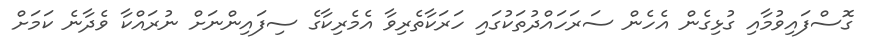
ގޮސްފައިވުމާއި ގުޅިގެން އެހެން ސަރަހައްދުތަކުގައި ހަރަކާތެރިވާ އެމެރިކާގެ ސިފައިންނަށް ނުރައްކާ ވެދާނެ ކަމަށް